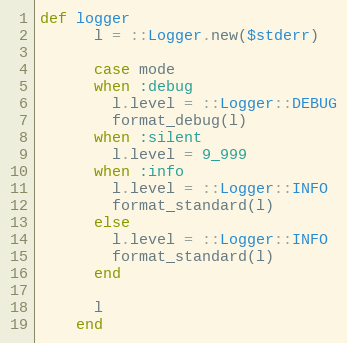
Language: Ruby
def logger
      l = ::Logger.new($stderr)

      case mode
      when :debug
        l.level = ::Logger::DEBUG
        format_debug(l)
      when :silent
        l.level = 9_999
      when :info
        l.level = ::Logger::INFO
        format_standard(l)
      else
        l.level = ::Logger::INFO
        format_standard(l)
      end

      l
    end